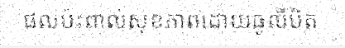
ផលប៉ះពាល់សុខភាពដោយធូលីបិត